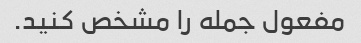
مفعول جمله را مشخص کنید.